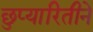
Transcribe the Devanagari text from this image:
छुप्यारितीने